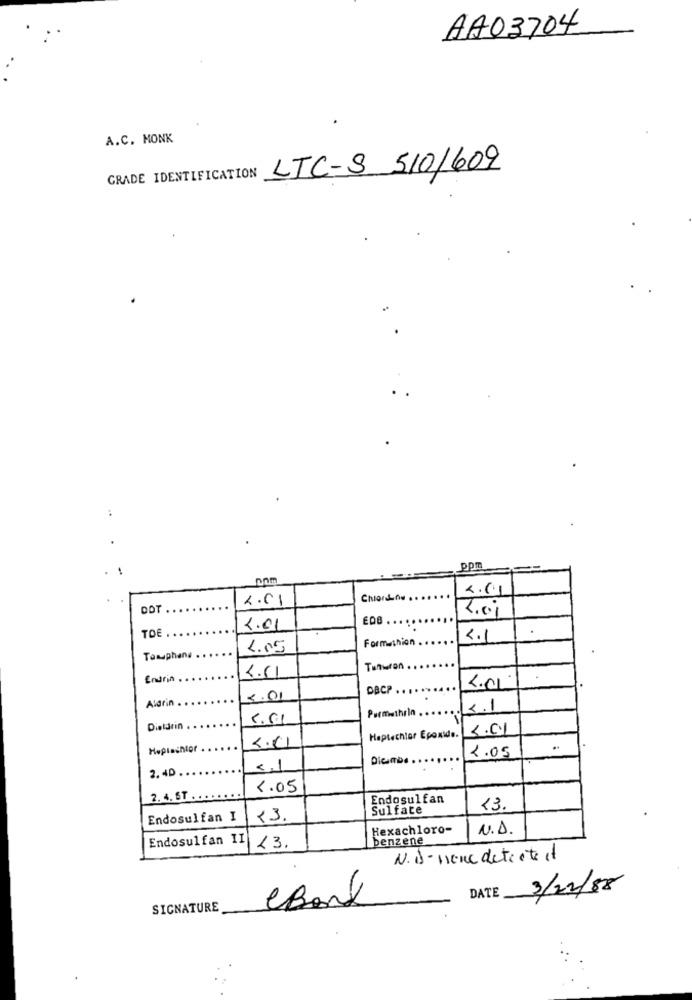
AA03704
A.C. MONK
LTC-S 510/609
GRADE IDENTIFICATION
..
ppm
2.01
2.01
ChorAn. ..
ODT .
EDO
TOE
2.01
Formation
2.1
4.05
Taxaphane.
4.11
Enurin
DACP
4.01
Aldrin .
5 .01
Permethrin
1.1
5.61
Dieldrin
3.01
4.01
Haptechlor Epoxida.
Hepisenior
2.05
DicmDe.
2. 40
<1
1.05
2. 4. ST .
Endosulfan
Sulfate
13.
Endosulfan I
<3
Hexachloro-
N.A.
Endosulfan II
benzene
13.
N. B- none detrate it
DATE
3/12/88
SIGNATURE
eBank